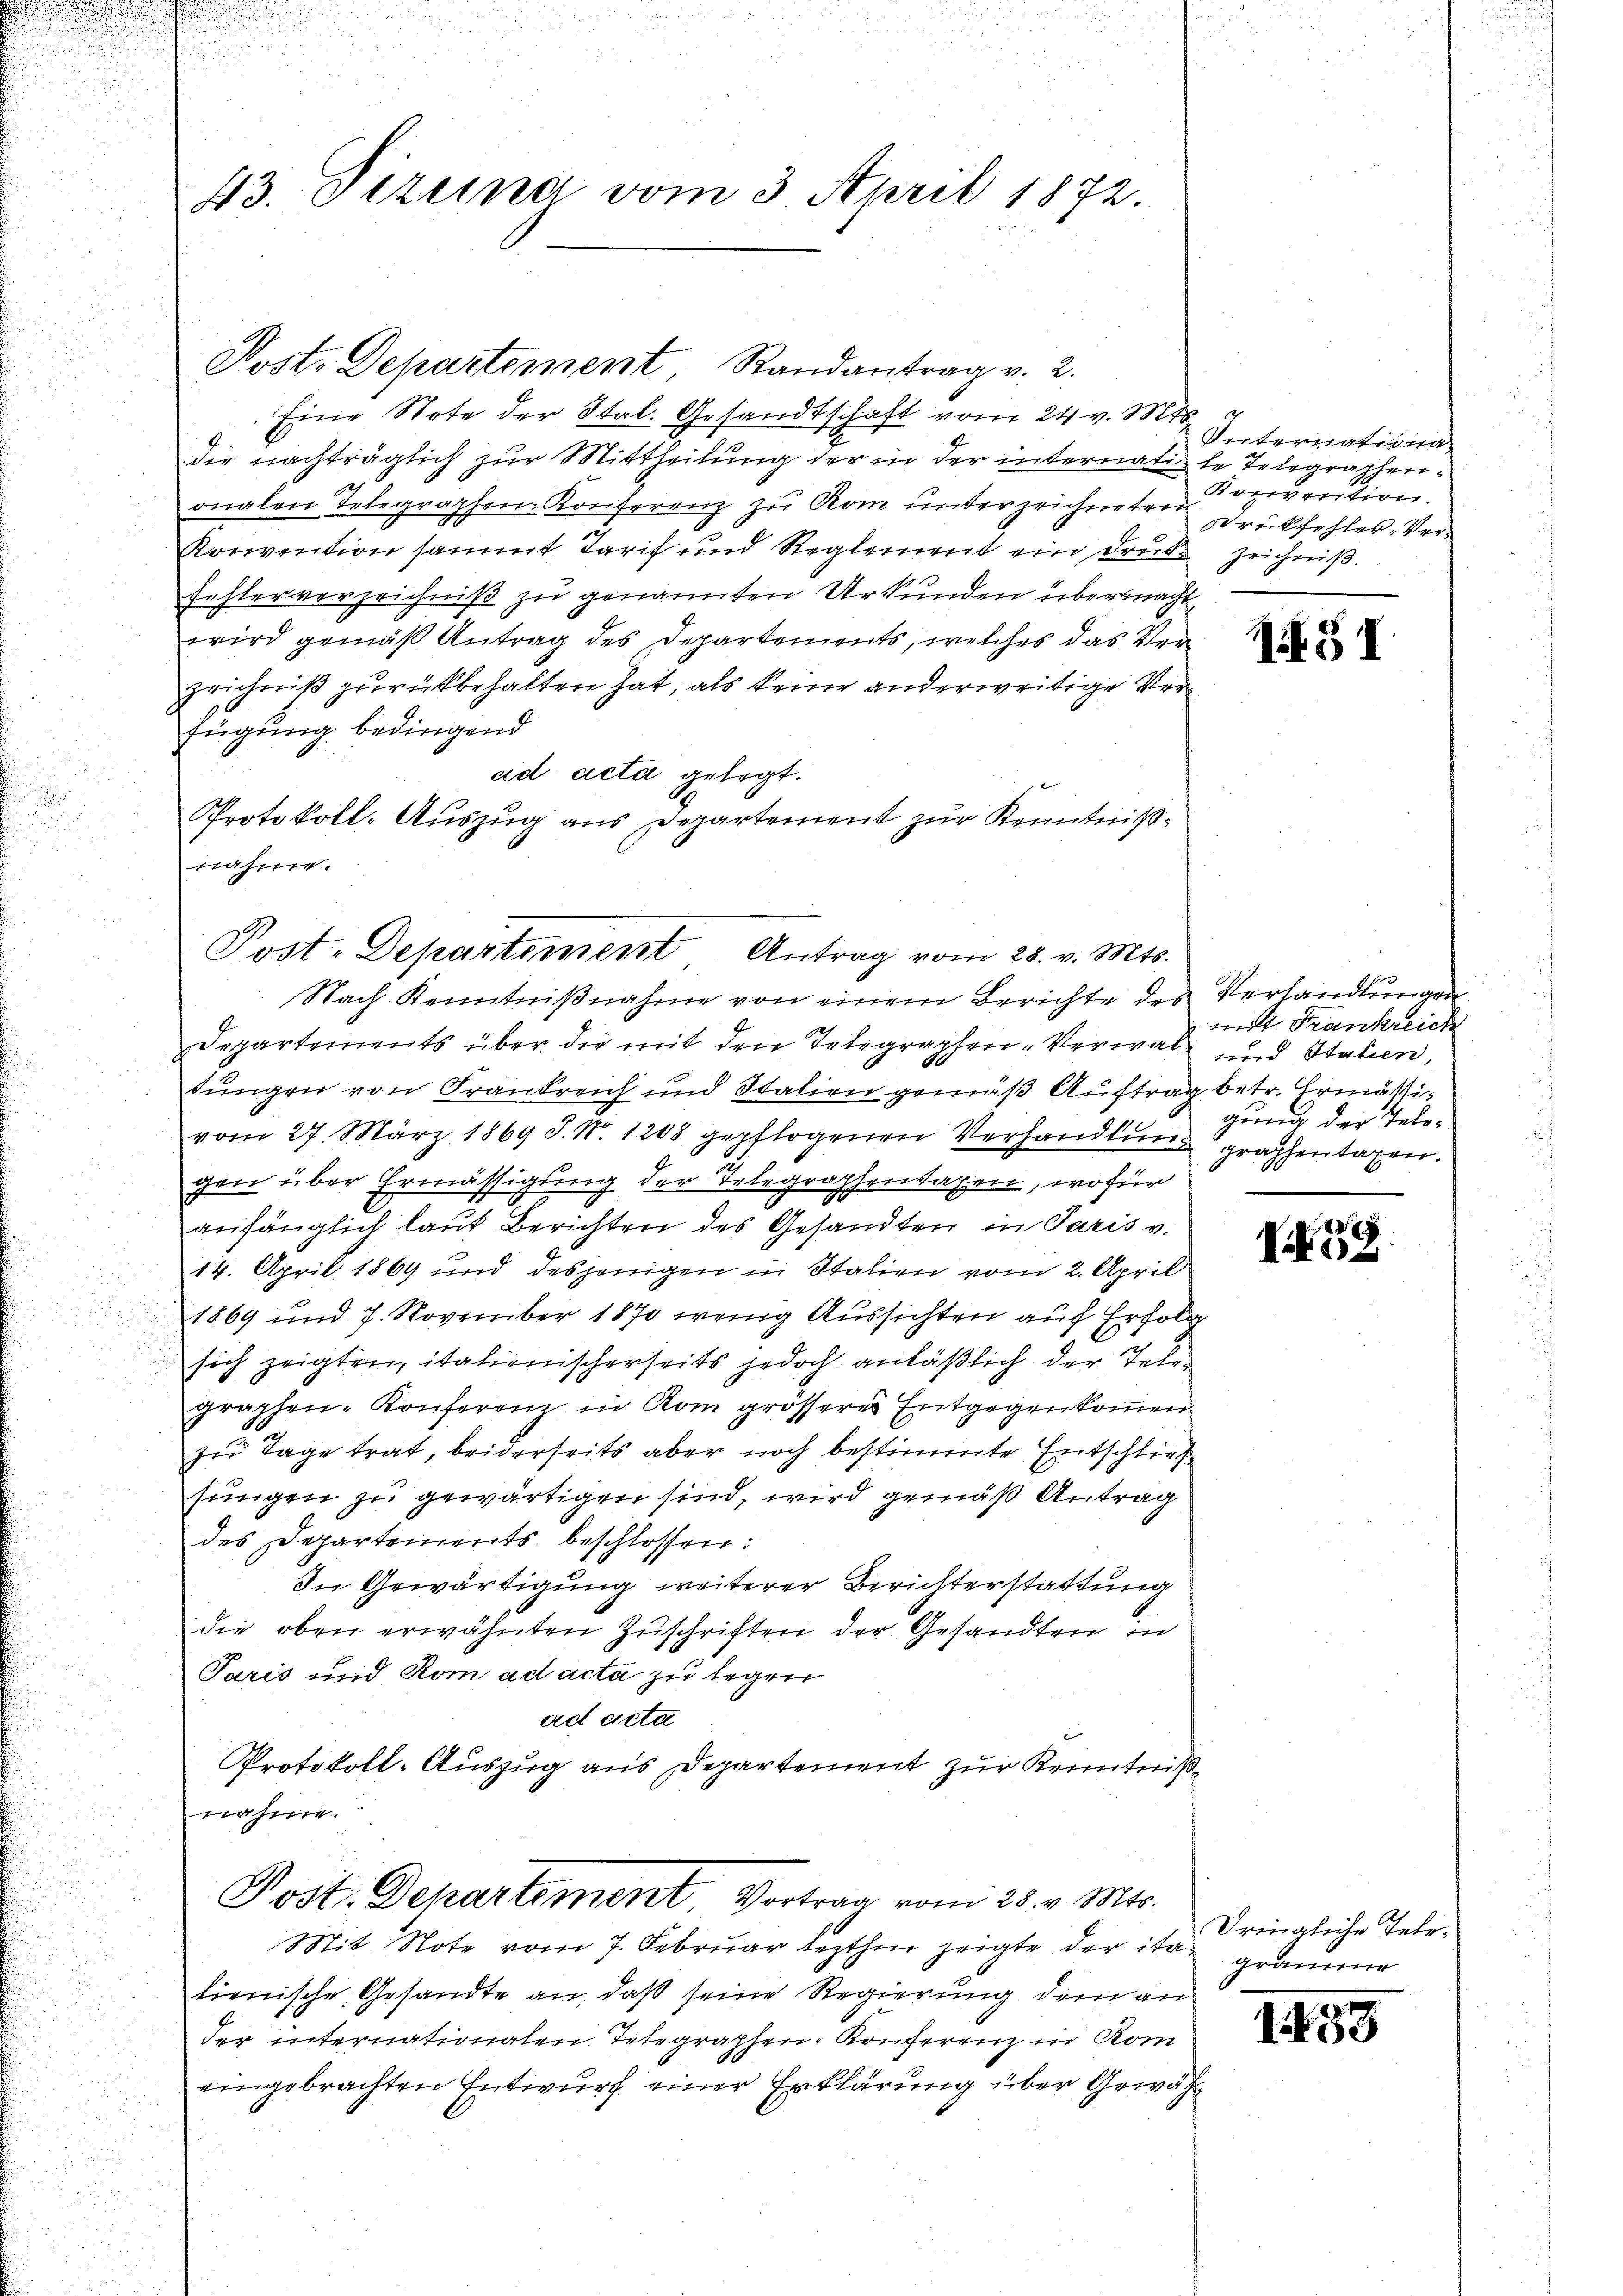
u

u

i

43. Dezena vom 3. April 1872.

Post. Departement Randantrag v. 2.

Eine Note der Stal. Gesandtschaft vom 24 v. Mts.
die nachträglich zur Mittheilung der in der internati le Telegraphenonalen Telegraphen-Konferenz zu Rom unterzeichneten
Konvention sammt Tarif und Reglement ein Druk zeichniß.
Fehlerverzeichniß zu genannten Urkunden übermacht
wird gemäß Antrag des Departements, welches das Verzeichniß zurückbehalten hat, als keine anderweitige Verfügung bedingend
ad acta gelegt.
Protokoll-Auszug aus Departement zur Kenntnißnahme.
Departements über die mit den Telegraphen-Verwal- und Stalien,
e
tungen von Frankreich und Italien gemäß Auftrag betr. Ermativom 27. März 1869 J. No. 1208 gepflogenen Verhandlung graphentagen.
gen über Ermässigung der Telegraphentagen, wofür
anfänglich laut Berichten des Gesandten in Paris v.
14. April 1869 und desjenigen in Italien vom 2. April
1869 und 7. November 1870 wenig Aussichten auf Erfolg
sich zeigten, italienischerseits jedoch anläßlich der Telegraphen-Konferenz in Rom grösseres Entgegenkommen
zu Tage trat, beiderseits aber noch bestimmte Entschließ
sungen zu gewärtigen sind, wird gemäß Antrag
des Departements beschlossen:
In Gewärtigung weiterer Berichterstattung
die oben erwähnten Zuschriften der Gesandten in
Paris und Rom ad acta zu legen
ad acta
Protokoll-Auszug aus Departement zur Kenntniß
nahme.
Post. Departement Vortrag vom 28. v. Mts.
Mit Note vom 7. Februar lezthin zeigte der itatienische Gesandte an, daß seine Regierung dem an
der internationaten Telegraphen-Konferenz in Kom
eingebrachten Entwurf einer Erklärung über Gewäh¬

Post-Departement Antrag vom 28. v. Mts.
Nach Kenntnißnahme von einem Berichte des Verhandlungen

7
Internatione
Konvention
rükfehler, Ver¬

145 I

mit Frankreich
gung der Tele¬

E.
2

Dringliche Tergräume.

183